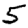
Digit: 5